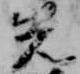
先